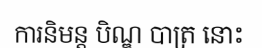
ការនិមន្ត បិណ្ឌ បាត្រ នោះ